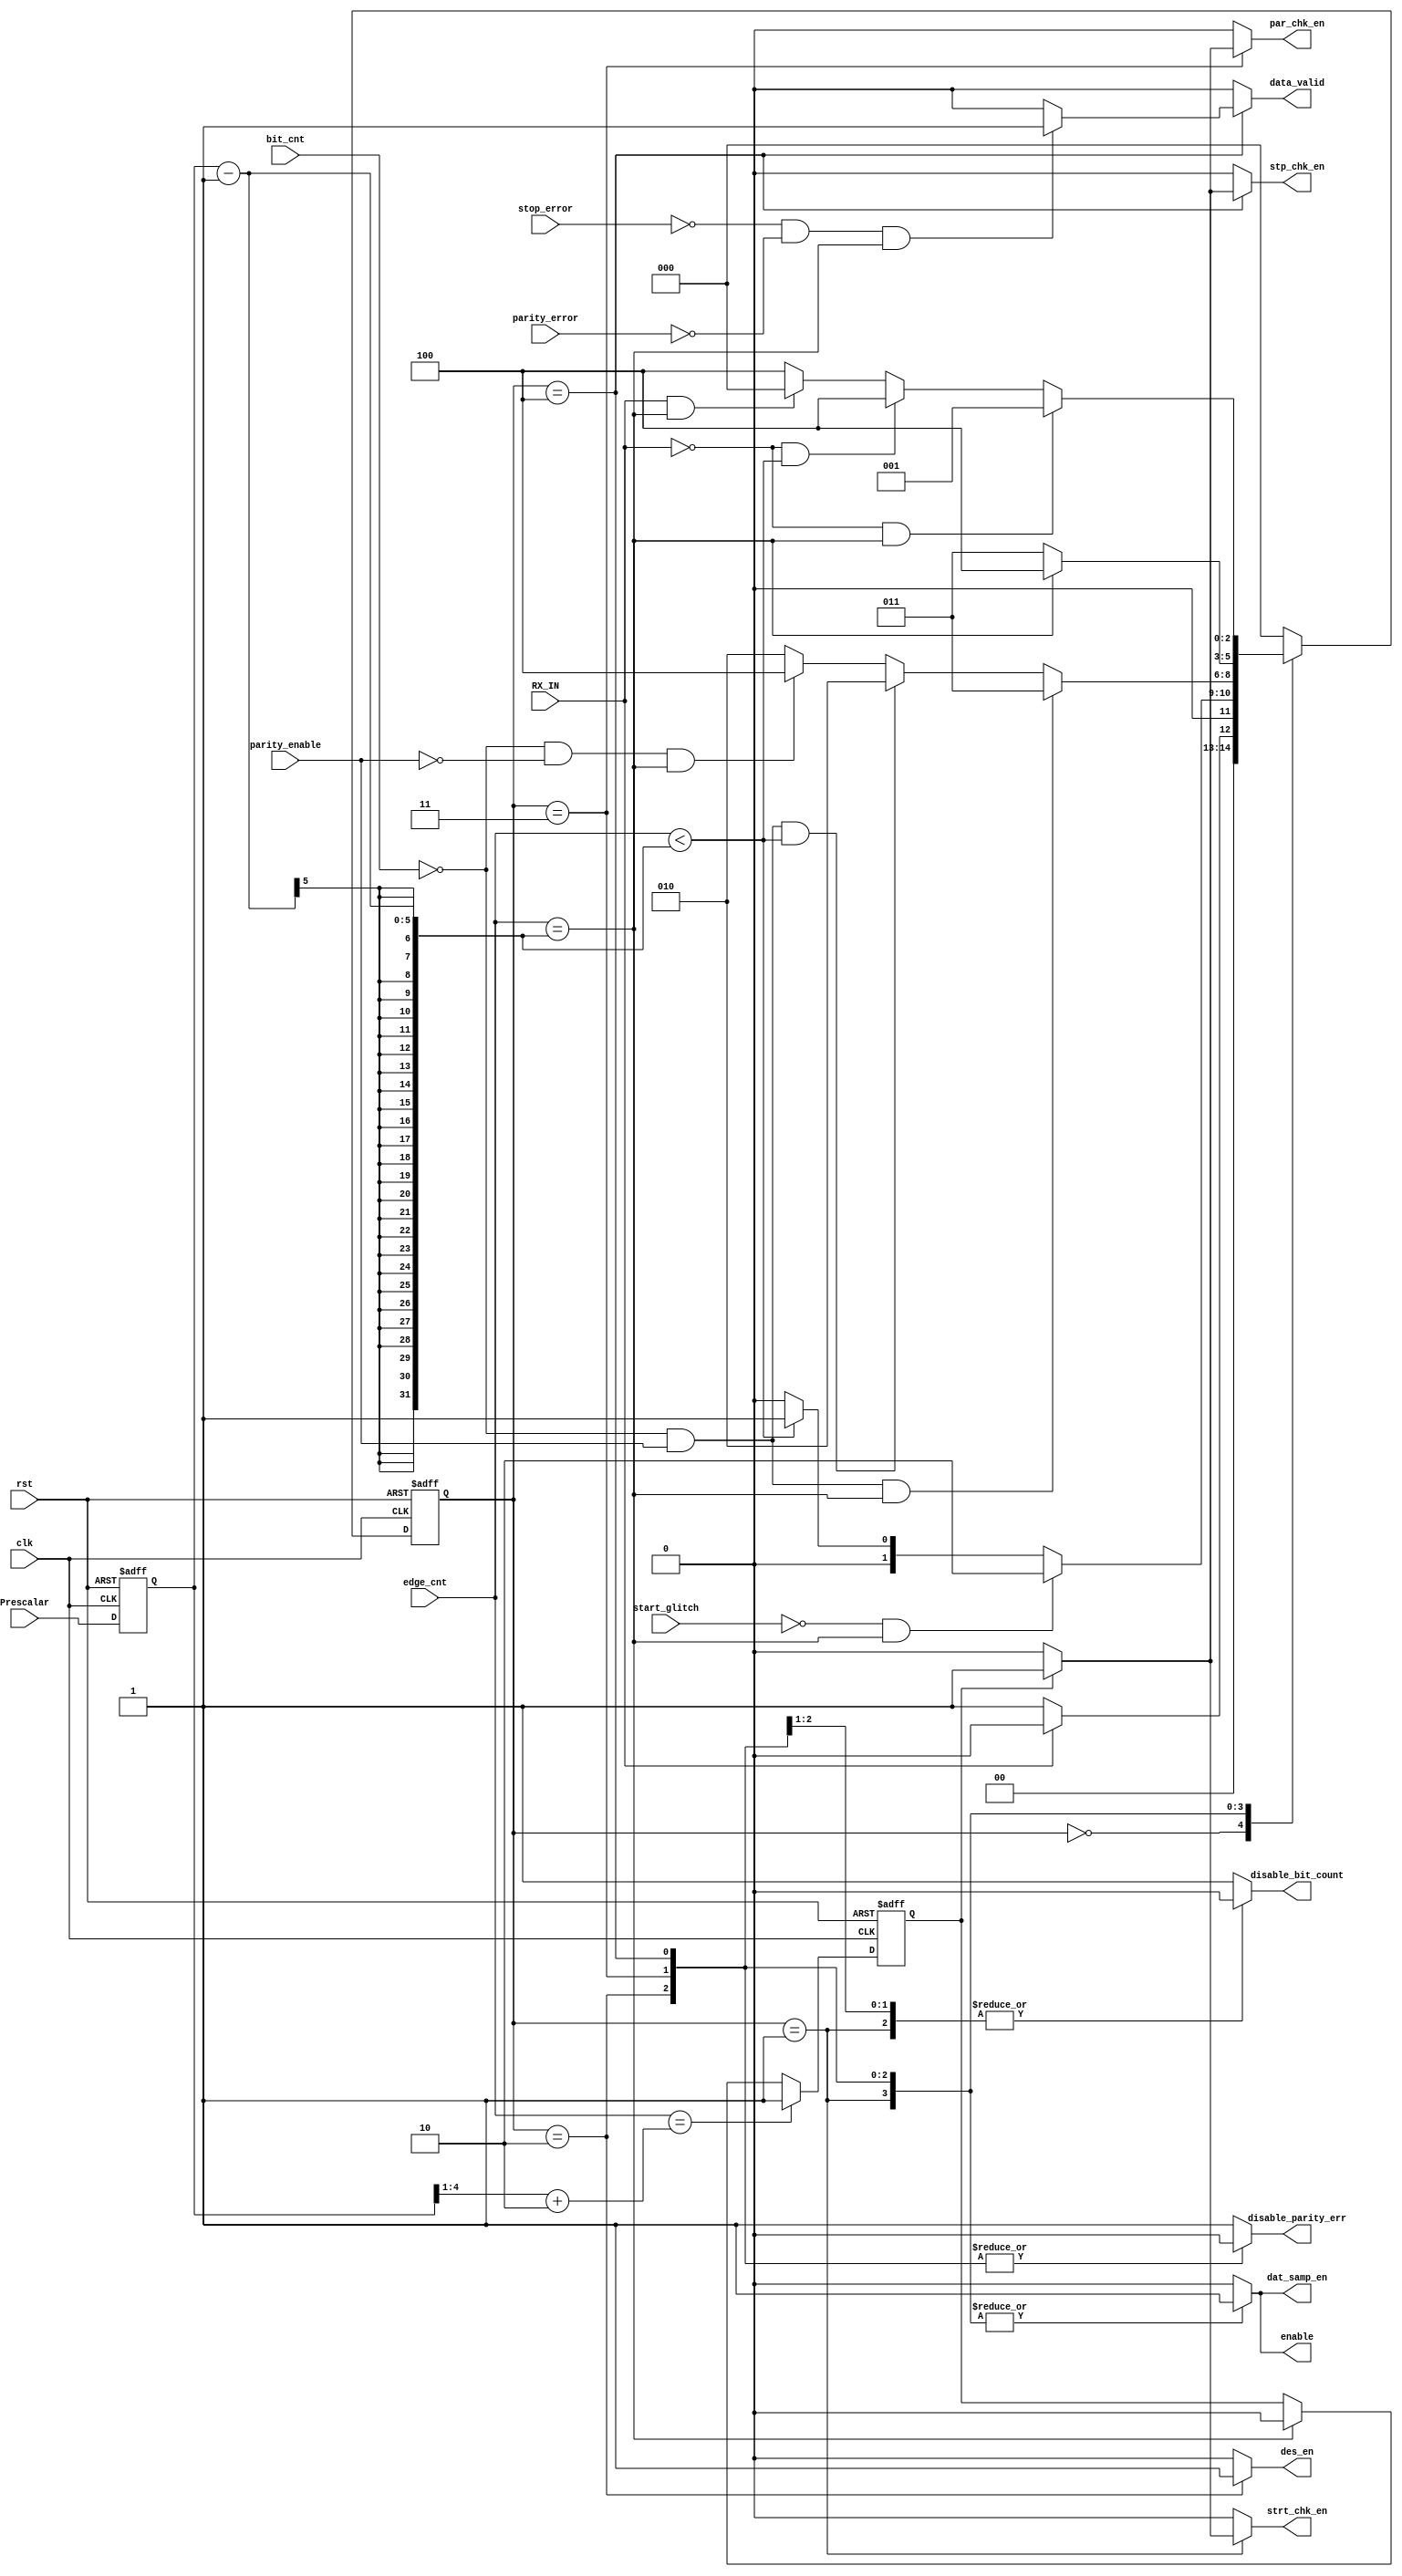
module FSM_RX #(parameter bit_count_width = 3,parameter edge_cnt_width = 3,parameter prescale_width = 5)
				(
				input wire RX_IN,
				input wire clk,
				input wire rst,
				input wire parity_enable,
				input wire[bit_count_width-1:0] bit_cnt,
				input wire [edge_cnt_width-1:0]edge_cnt,
				input wire parity_error,
				input wire start_glitch,
				input wire stop_error,
				input wire[prescale_width-1:0] Prescalar,
				////////////////////////////
				output reg dat_samp_en,
				output reg enable,
				output reg strt_chk_en,
				output reg stp_chk_en,
				output reg par_chk_en,
				output reg data_valid,
				output reg des_en,
				output reg disable_bit_count,
				output reg disable_parity_err
				);

wire[prescale_width-2:0] half;
reg flag;

//typedef enum {
//		IDLE,
//		START,
//		DATA,
//		PARITY,
//		STOP
//} state_;

//state_ current_state , next_state;

localparam [2:0] IDLE = 3'b000,
		 START = 3'b001,
		 DATA = 3'b010,
		 PARITY = 3'b011,
		 STOP = 3'b100;
reg[2:0] current_state , next_state;
reg[prescale_width-1:0] prescale_reg;
// state memory
always @(posedge clk or negedge rst) begin
	if(!rst) begin
		prescale_reg <= 0;
	end 
	else begin
		prescale_reg <= Prescalar;
	end
end

always @(posedge clk or negedge rst) begin
	if(!rst) begin
		current_state <= IDLE;
	end 
	else begin
		current_state <= next_state;
	end
end

// next state logic
always @(*) begin
	case (current_state)
		IDLE: begin
				if(!RX_IN) begin
					next_state = START;
				end
				else 
					next_state = IDLE;
		end
		START: begin
			if(!start_glitch && edge_cnt == prescale_reg-1) //{edge_cnt_width{1'b1}}
				next_state = DATA;
			else if(edge_cnt < (prescale_reg-1))//!start_glitch && 
				next_state = START;
			else
				next_state = IDLE;
		end
		DATA: begin 
			if(bit_cnt == 3'b000 && parity_enable && edge_cnt == (prescale_reg-1))
				next_state = PARITY;
			else if(bit_cnt == 3'b000 && parity_enable && edge_cnt < (prescale_reg-1))
				next_state = DATA;
			else if(bit_cnt == 3'b000 && !parity_enable && edge_cnt == (prescale_reg-1))
				next_state = STOP;
			else 
				next_state = DATA;
		end 
		PARITY: begin
			if(edge_cnt == (prescale_reg-1))//  !parity_error &&
				next_state = STOP;
			else //if(edge_cnt < {edge_cnt_width{1'b1}})//!parity_error && 
				next_state = PARITY;
			// else 
			// 	next_state = IDLE;
		end 
		STOP: begin
			if(!RX_IN && edge_cnt == (prescale_reg-1))
				next_state = START; // consequent frames
			else if(!RX_IN && edge_cnt < (prescale_reg-1))
				next_state = STOP;
			else if(RX_IN && edge_cnt == (prescale_reg-1))
				next_state = IDLE;
			else
				next_state = STOP;
		end 
		default : next_state = IDLE;
	endcase
end

//output logic
always @(*) begin
	case (current_state) 
		IDLE : begin
			dat_samp_en = 1'b0;
			des_en = 1'b0;
			data_valid = 1'b0;
			strt_chk_en = 1'b0;
			stp_chk_en = 1'b0;
			par_chk_en = 1'b0;
			//if(!RX_IN)
				//enable = 1'b1;
			//else
			enable = 1'b0;
			disable_bit_count = 1'b1;
			disable_parity_err = 1'b1;
			
		end 
		START: begin
			dat_samp_en = 1'b1;
			enable = 1'b1;
			des_en = 1'b0;
			data_valid = 1'b0;
			//strt_chk_en = 1'b1;
			stp_chk_en = 1'b0;
			par_chk_en = 1'b0; 
			disable_bit_count = 1'b0;
			disable_parity_err = 1'b1;
			///////// for prescale = 8
			// if(edge_cnt == 3'b110 || edge_cnt == 3'b111)
			// 	strt_chk_en = 1'b1;
			// else
			// 	strt_chk_en = 1'b0;
			if(flag)
				strt_chk_en = 1'b1;
			else
				strt_chk_en = 1'b0;	
		end 
		DATA: begin
			dat_samp_en = 1'b1;
			enable = 1'b1;
			des_en = 1'b1;
			data_valid = 1'b0;
			strt_chk_en = 1'b0;
			stp_chk_en = 1'b0;
			par_chk_en = 1'b0;
			disable_bit_count = 1'b0;
			disable_parity_err = 1'b0;
		end 
		PARITY: begin
			dat_samp_en = 1'b1;
			enable = 1'b1;
			des_en = 1'b0;
			data_valid = 1'b0;
			strt_chk_en = 1'b0;
			stp_chk_en = 1'b0;
			//par_chk_en = 1'b1;
			disable_bit_count = 1'b0;
			disable_parity_err = 1'b0;
			/////// for prescale = 8
			// if(edge_cnt == 3'b110 || edge_cnt == 3'b111)
			// 	par_chk_en = 1'b1;
			// else
			// 	par_chk_en = 1'b0;
			if(flag)
				par_chk_en = 1'b1;
			else 
				par_chk_en = 1'b0;
		end 
		STOP: begin
				dat_samp_en = 1'b1;
				enable = 1'b1;
				des_en = 1'b0;
				strt_chk_en = 1'b0;
				par_chk_en = 1'b0;
				disable_bit_count = 1'b1;
				disable_parity_err = 1'b0;
				//////////////// for prescale = 8
				// if(edge_cnt == 3'b110 || edge_cnt == 3'b111)
				// 	stp_chk_en = 1'b1;
				// else 
				// 	stp_chk_en = 1'b0;
				if(flag)
					stp_chk_en = 1'b1;
				else 
					stp_chk_en = 1'b0;
				/////////////////////////////////
				if(!stop_error && !parity_error && edge_cnt == (prescale_reg-1)) // &&(flag)
					data_valid = 1'b1;				
				else 
					data_valid = 1'b0;
		end 
		default : begin 
			dat_samp_en = 1'b0;
			des_en = 1'b0;
			data_valid = 1'b0;
			strt_chk_en = 1'b0;
			stp_chk_en = 1'b0;
			par_chk_en = 1'b0;
			enable = 1'b0;
			disable_bit_count = 1'b1;
			disable_parity_err = 1'b1;
		end
	endcase
end

always @(posedge clk or negedge rst) begin
	if(!rst)
		flag <= 1'b0;
	else if(edge_cnt == half+2)
		flag <= 1'b1;
	else if(edge_cnt == (prescale_reg-1))
		flag <= 1'b0;
end
assign half = (prescale_reg>>1);

endmodule